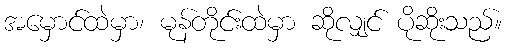
အမှောင်ထဲမှာ၊ မုန်တိုင်းထဲမှာ ဆိုလျှင် ပိုဆိုးသည်။